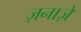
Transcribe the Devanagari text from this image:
ज़नाज़े